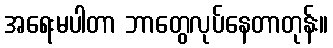
အရေးမပါတာ ဘာတွေလုပ်နေတာတုန်း။